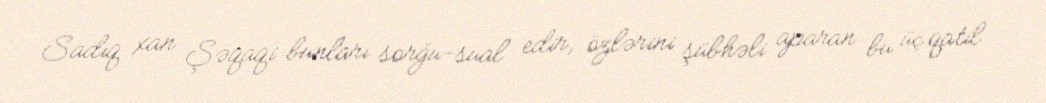
Sadıq xan Şəqaqi bunları sorğu-sual edir, özlərini şübhəli aparan bu üç qatil